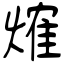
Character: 𤌍